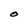
Character: O